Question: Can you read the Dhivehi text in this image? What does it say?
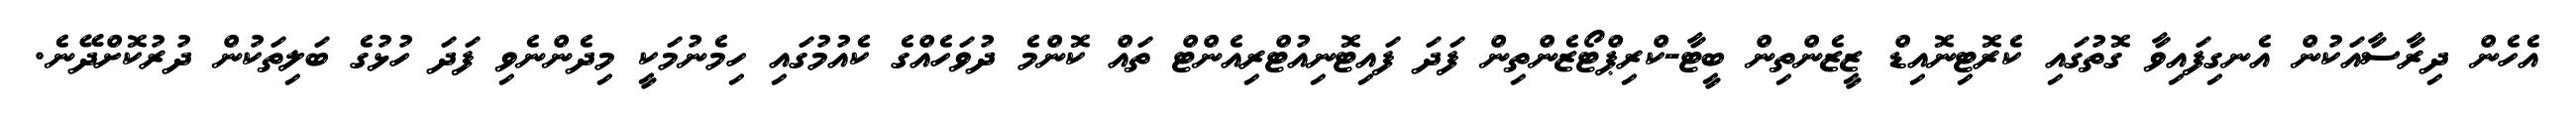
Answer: އެހެން ދިރާސާއަކުން އެނގިފައިވާ ގޮތުގައި ކެރޮޓިނޮއިޑް ޒީޒެންތިން ބީޓާ-ކްރިޕްޓޯޒެންތިން ފަދަ ފައިޓޮނިއުޓްރިއެންޓް ތައް ކޮންމެ ދުވަހެއްގެ ކެއުމުގައި ހިމެނުމަކީ މިދެންނެވި ފަދަ ހުޅުގެ ބަލިތަކުން ދުރުކޮށްދޭނެ.